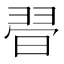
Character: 𣇶